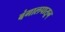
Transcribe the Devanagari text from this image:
बंगालपासून्